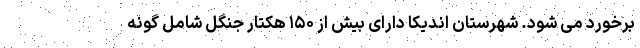
برخورد می شود. شهرستان اندیکا دارای بیش از ۱۵۰ هکتار جنگل شامل گونه